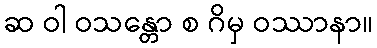
ဆ ဝါ ဝသန္တော စ ဂိမှ ဝဿာနာ။